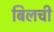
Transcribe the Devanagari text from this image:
बिलची